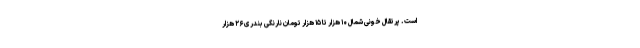
است. پرتقال خونی شمال ۱۰ هزار تا ۱۵ هزار تومان نارنگی بندری ۲۶ هزار